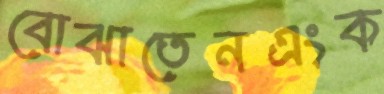
বোঝাতেনএংক